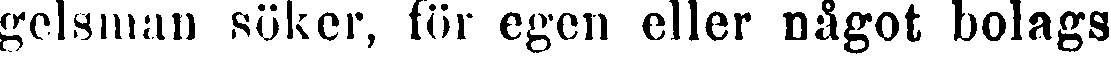
gelsman söker, för egen eller något bolags